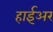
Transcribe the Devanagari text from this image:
हाईअर